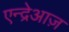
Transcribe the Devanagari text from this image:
एन्द्रेआज़